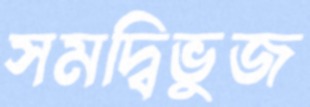
সমদ্বিভুজ